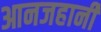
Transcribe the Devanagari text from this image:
आनजहानी